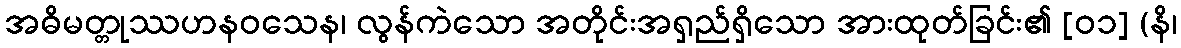
အဓိမတ္တုဿဟနဝသေန၊ လွန်ကဲသော အတိုင်းအရှည်ရှိသော အားထုတ်ခြင်း၏ [၀၁] (နိ၊